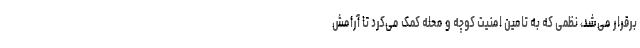
برقرار می‌شد، نظمی که به تامین امنیت کوچه و محله کمک می‌کرد تا آرامش